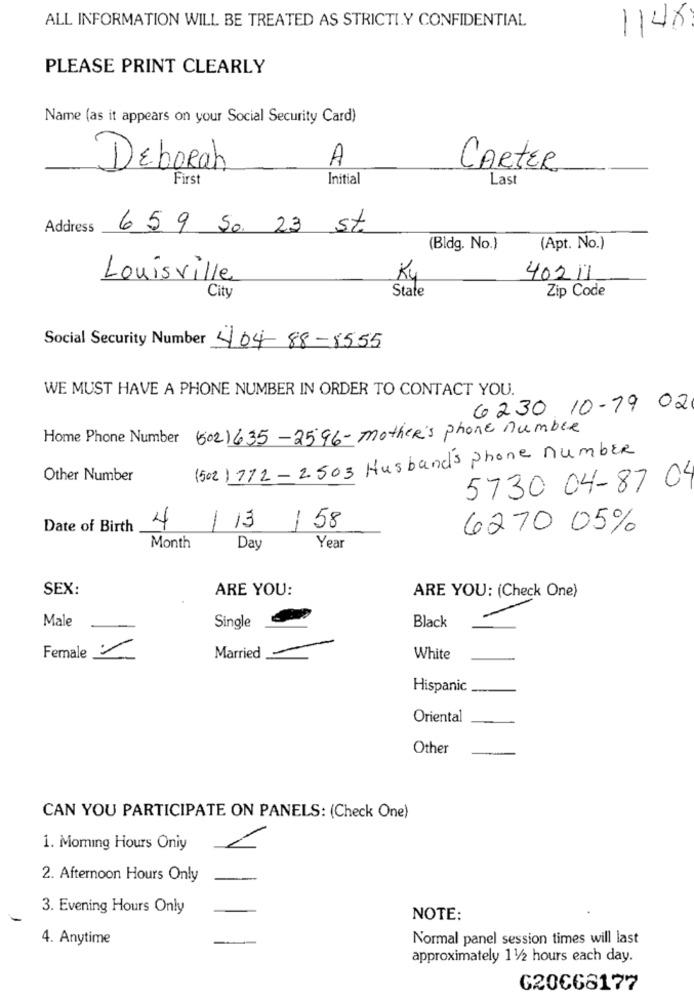
ALL INFORMATION WILL BE TREATED AS STRICTLY CONFIDENTIAL
1148
PLEASE PRINT CLEARLY
Name (as it appears on your Social Security Card)
A
Deborah
CARTER
First
Initial
Last
Address
6 5 9 50 23 St.
(Bldg. No.)
(Apt. No.)
Louisville
Kg
402 11
State
Zip Code
City
Social Security Number 404 88-8555
WE MUST HAVE A PHONE NUMBER IN ORDER TO CONTACT YOU.
6230 10-19 02
Home Phone Number (502) 635-2596- mother's phone number
(502) 772-2503 Husbands phone number
Other Number
5730 04-87 0
Date of Birth
4
/ 13
158
6270 05%
Month
Day
Year
SEX:
ARE YOU:
ARE YOU: (Check One)
Male
Single
Black
Female
Married
White
Hispanic
Oriental
Other
CAN YOU PARTICIPATE ON PANELS: (Check One)
1. Moming Hours Oniy
2. Afternoon Hours Only
3. Evening Hours Only
NOTE:
4. Anytime
Normal panel session times will last
approximately 11/2 hours each day.
G20€66177